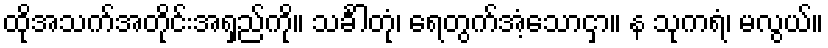
ထိုအသက်အတိုင်းအရှည်ကို။ သင်္ခါတုံ၊ ရေတွက်အံ့သောငှာ။ န သုကရံ၊ မလွယ်။